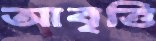
আবৃত্তি